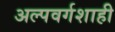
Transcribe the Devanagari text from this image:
अल्पवर्गशाही